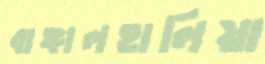
বাঙ্গালহালিয়া